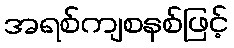
အရစ်ကျစနစ်ဖြင့်